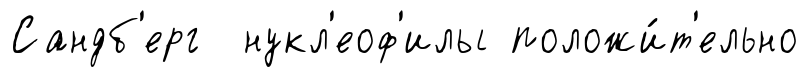
Сандб'ерг нукл'еоф'илы положи́т'ельно